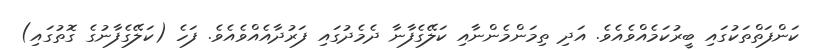
ކަންފަތްތަކުގައި ބީރުކަމެއްވެއެވެ. އަދި ތިމަންމެންނާއި ކަލޭގެފާނާ ދެމެދުގައި ފަރުދާއެއްވެއެވެ. ފަހެ (ކަލޭގެފާނުގެ ގޮތުގައި)